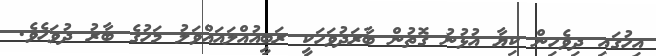
އިހުގައި ދިވެހިން ކިޔާ އުޅުނު ގޮތުން ބާރަދުވަހަކީ ރަބީއުއްލައައްވަލު މަހުގެ ބާރު ދުވަހެވެ.